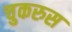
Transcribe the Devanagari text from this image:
चुकरुस